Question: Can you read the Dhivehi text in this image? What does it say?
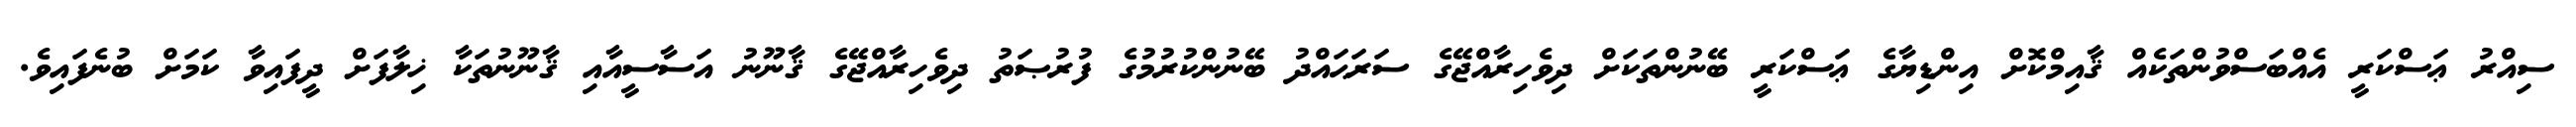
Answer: ސިއްރު ޢަސްކަރީ އެއްބަސްވުންތަކެއް ޤާއިމްކޮށް އިންޑިޔާގެ ޢަސްކަރީ ބޭނުންތަކަށް ދިވެހިރާއްޖޭގެ ސަރަޙައްދު ބޭނުންކުރުމުގެ ފުރުޞަތު ދިވެހިރާއްޖޭގެ ޤާނޫނު އަސާސީއާއި ޤާނޫނުތަކާ ޚިލާފަށް ދީފައިވާ ކަމަށް ބުނެފައިވެ.